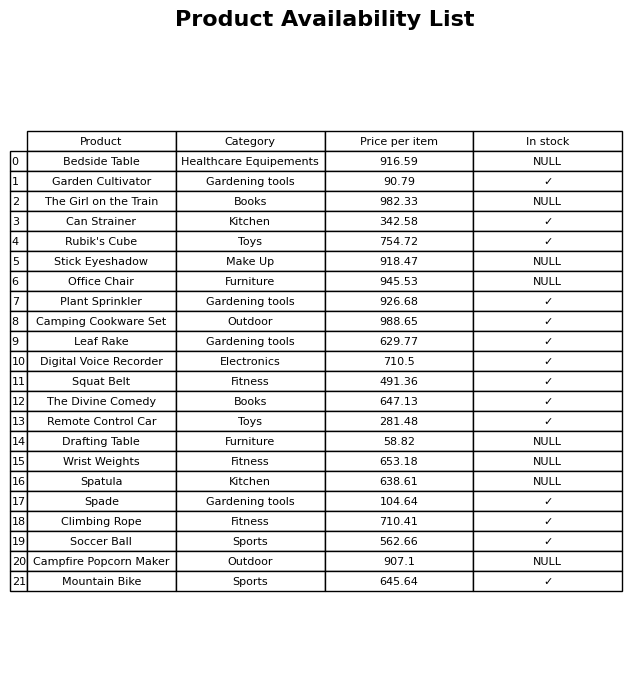
question: Is the Remote Control Car in stock?
answer: ✓